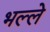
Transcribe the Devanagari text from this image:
भल्ले